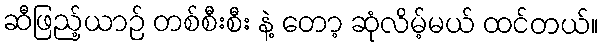
ဆီဖြည့်ယာဉ် တစ်စီးစီး နဲ့ တော့ ဆုံလိမ့်မယ် ထင်တယ်။